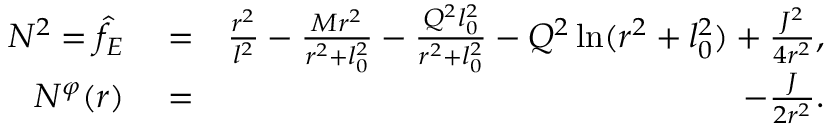
\begin{array} { r l r } { N ^ { 2 } = \hat { f } _ { E } } & { { } = } & { \frac { r ^ { 2 } } { l ^ { 2 } } - \frac { M r ^ { 2 } } { r ^ { 2 } + l _ { 0 } ^ { 2 } } - \frac { Q ^ { 2 } l _ { 0 } ^ { 2 } } { r ^ { 2 } + l _ { 0 } ^ { 2 } } - Q ^ { 2 } \ln ( r ^ { 2 } + l _ { 0 } ^ { 2 } ) + { \frac { J ^ { 2 } } { 4 r ^ { 2 } } } , } \\ { N ^ { \varphi } ( r ) } & { { } = } & { - { \frac { J } { 2 r ^ { 2 } } } . } \end{array}